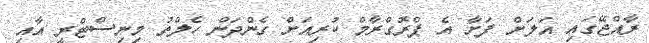
ރާއްޖޭގައި އަލަށް ފަށާ އެ ޕްރޮގްރާމް ކުރިއަށް ގެންދަން ހެލްތު މިނިސްޓްރީ އާއި